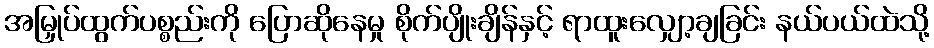
အမြှုပ်ထွက်ပစ္စည်းကို ပြောဆိုနေမှု စိုက်ပျိုးချိန်နှင့် ရာထူးလျှော့ချခြင်း နယ်ပယ်ထဲသို့